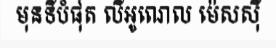
មុនទីបំផុត លីអូណេល ម៉េសស៊ី